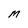
Character: M